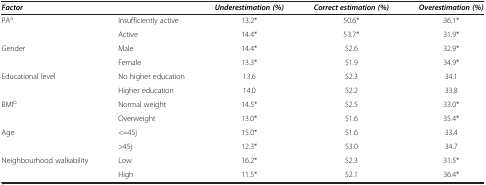
| Factor |  | Underestimation (%) | Correct estimation (%) | Overestimation (%) |
 | --- | --- | --- | --- | --- |
 | <ROWSPAN=2> PAa | Insufficiently active | 13.2* | 50.6* | 36.1* |
 | Active | 14.4* | 53.7* | 31.9* |
 | <ROWSPAN=2> Gender | Male | 14.4* | 52.6 | 32.9* |
 | Female | 13.3* | 51.9 | 34.9* |
 | <ROWSPAN=2> Educational level | No higher education | 13.6 | 52.3 | 34.1 |
 | Higher education | 14.0 | 52.2 | 33.8 |
 | <ROWSPAN=2> BMIb | Normal weight | 14.5* | 52.5 | 33.0* |
 | Overweight | 13.0* | 51.6 | 35.4* |
 | <ROWSPAN=2> Age | <=45j | 15.0* | 51.6 | 33.4 |
 | >45j | 12.3* | 53.0 | 34.7 |
 | <ROWSPAN=2> Neighbourhood walkability | Low | 16.2* | 52.3 | 31.5* |
 | High | 11.5* | 52.1 | 36.4* |